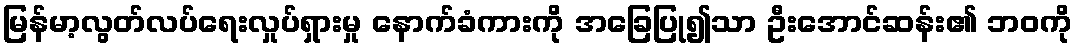
မြန်မာ့လွတ်လပ်ရေးလှုပ်ရှားမှု နောက်ခံကားကို အခြေပြု၍သာ ဦးအောင်ဆန်း၏ ဘဝကို